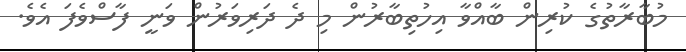
މުބާރާތުގެ ކުރިން ބާއްވާ އިހުތިބާރުން މި ދެ ދަރިވަރުން ވަނީ ފާސްވެފަ އެވެ.